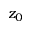
z _ { 0 }